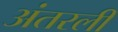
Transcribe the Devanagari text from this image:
अंतरली